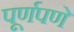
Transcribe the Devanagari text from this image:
पूूर्णपणे